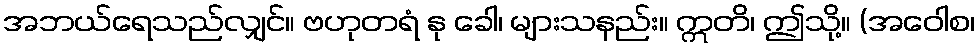
အဘယ်ရေသည်လျှင်။ ဗဟုတရံ နု ခေါ၊ များသနည်း။ ဣတိ၊ ဤသို့။ (အဝေါစ၊